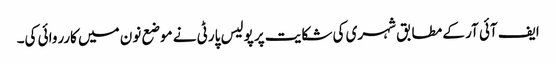
ایف آئی آر کے مطابق شہری کی شکایت پر پولیس پارٹی نے موضع نون میں کارروائی کی۔